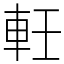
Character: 軠